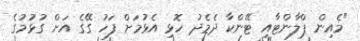
"މެއިން ޕްލާންޓާއި ޓޭންކާ ދެމެދު ހޮޅި އެޅުމަށް ފަހު ގޭގެ އަށް ގުޅުމުގެ